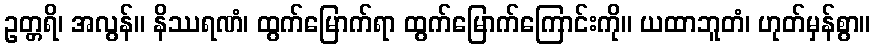
ဥတ္တရိ၊ အလွန်။ နိဿရဏံ၊ ထွက်မြောက်ရာ ထွက်မြောက်ကြောင်းကို။ ယထာဘူတံ၊ ဟုတ်မှန်စွာ။